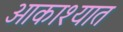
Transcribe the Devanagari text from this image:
आकाश्यात